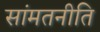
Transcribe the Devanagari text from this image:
सांमतनीति